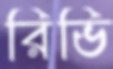
রিভি